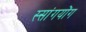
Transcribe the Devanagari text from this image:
स्सांगयोंग